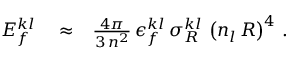
\begin{array} { r l r } { E _ { f } ^ { k l } } & { { } \approx } & { \frac { 4 \pi } { 3 \, n ^ { 2 } } \, \epsilon _ { f } ^ { k l } \, \sigma _ { R } ^ { k l } \, \left( n _ { l } \, { \cal R } \right) ^ { 4 } \, . } \end{array}